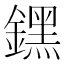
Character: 𨭆